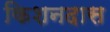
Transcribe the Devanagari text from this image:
किशनदास